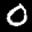
Label: 0